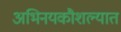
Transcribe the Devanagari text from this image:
अभिनयकौशल्यात